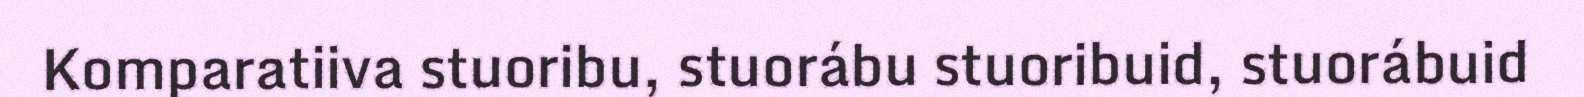
Komparatiiva stuoribu, stuorábu stuoribuid, stuorábuid